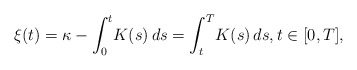
\begin{align*} \xi(t)=\kappa-\int_0^t\! K(s)\,ds =\int_t^T\! K(s)\,ds, t \in [0,T],\end{align*}